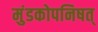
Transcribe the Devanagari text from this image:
मुंडकोपनिषत्